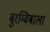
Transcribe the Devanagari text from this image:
बुरग्विबाला